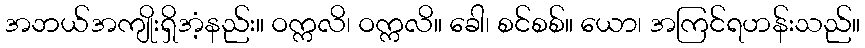
အဘယ်အကျိုးရှိအံ့နည်း။ ဝက္ကလိ၊ ဝက္ကလိ။ ခေါ၊ စင်စစ်။ ယော၊ အကြင်ရဟန်းသည်။